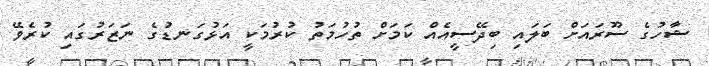
ޝާހުގެ ސޫރައަށް ބަލައި ބިދޭސީއެއް ކަމަށް ތުހުމަތު ކުރުމަކީ އަޅުގަނޑުގެ ނަޒަރުގައި ކުރެވޭ